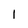
Character: 1